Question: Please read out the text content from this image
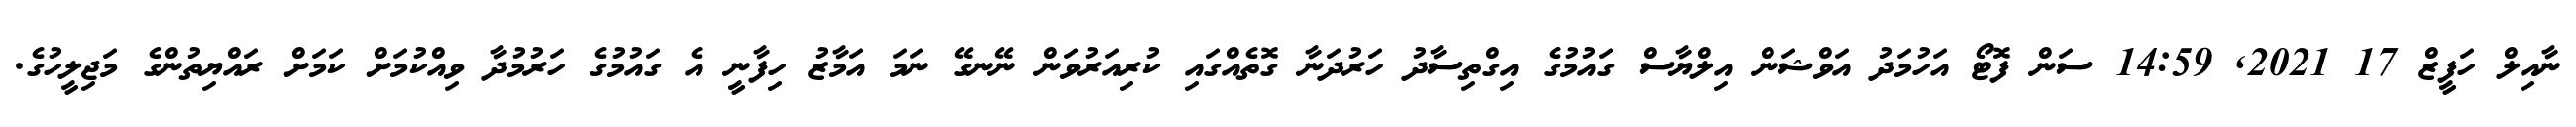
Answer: ނާއިލް ހަފީޒް 17 2021, 14:59 ސަން ފޮޓޯ އަހުމަދު އަވްޝަން އިލްޔާސް ގައުމުގެ އިގްތިސާދު ހަރުދަނާ ގޮތެއްގައި ކުރިއަރުވަން ނޭނގޭ ނަމަ އަމާޒު ހިފާނީ އެ ގައުމުގެ ހަރުމުދާ ވިއްކުމަށް ކަމަށް ރައްޔިތުންގެ މަޖިލީހުގެ.